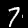
Digit: 7